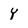
Character: Y